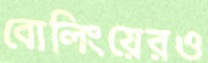
বোলিংয়েরও